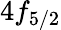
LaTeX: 4f_{5/2}